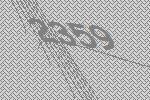
2359